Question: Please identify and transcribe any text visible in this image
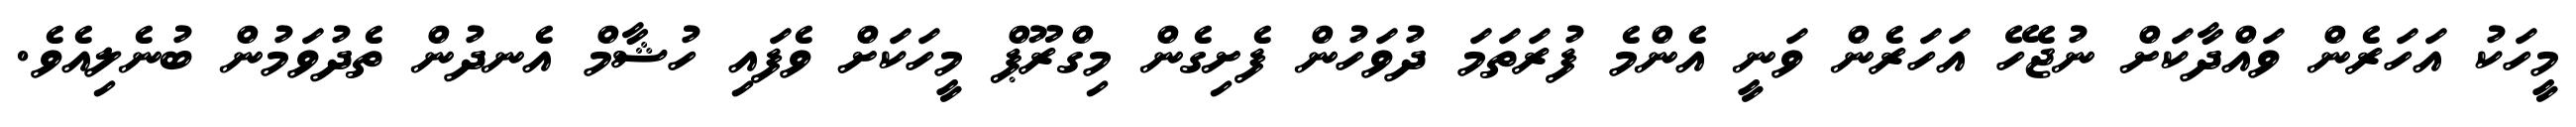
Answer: މީހަކު އަހަރެން ވައްދާކަށް ނުޖެހޭ އަހަރެން ވަނީ އެންމެ ފުރަތަމަ ދުވަހުން ފެށިގެން މިގްރޫޕް މީހަކަށް ވެފައި ހުޝާމް އެނދުން ތެދުވަމުން ބުނެލިއެވެ.